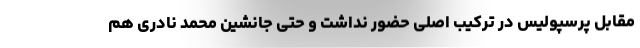
مقابل پرسپولیس در ترکیب اصلی حضور نداشت و حتی جانشین محمد نادری هم